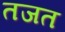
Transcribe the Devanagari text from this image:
तजत